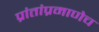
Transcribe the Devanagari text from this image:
प्रांतांप्रमाणेच